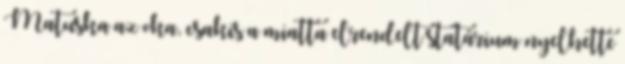
Matuska az oka, csakis a miatta elrendelt statárium nyelhette